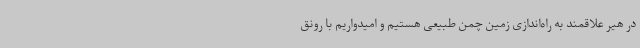
در هیر علاقمند به راه‌اندازی زمین چمن طبیعی هستیم و امیدواریم با رونق